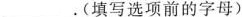
___.(填写选项前的字母)